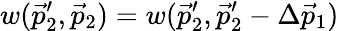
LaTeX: w(\vec{p}_{2}^{\prime},\vec{p}_{2})=w(\vec{p}_{2}^{\prime},\vec{p}_{2}^{\prime}-\Delta\vec{p}_{1})